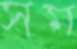
সম